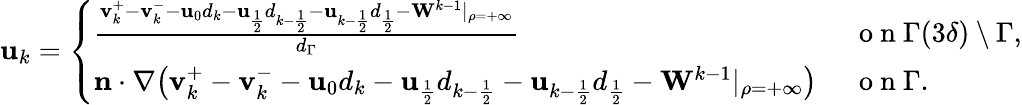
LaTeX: \begin{array}{r}{\mathbf{u}_{k}=\left\{ \begin{array}{ll}{\frac{\mathbf{v}_{k}^{+}-\mathbf{v}_{k}^{-}-\mathbf{u}_{0}d_{k}-\mathbf{u}_{\frac{1}{2}}d_{k-\frac{1}{2}}-\mathbf{u}_{k-\frac{1}{2}}d_{\frac{1}{2}}-\mathbf{W}^{k-1}|_{\rho=+\infty}}{d_{\Gamma}}}&{\ \mathrm{~o~n~}\Gamma(3\delta)\setminus\Gamma,}\\ {\mathbf{n}\cdot\nabla\big(\mathbf{v}_{k}^{+}-\mathbf{v}_{k}^{-}-\mathbf{u}_{0}d_{k}-\mathbf{u}_{\frac{1}{2}}d_{k-\frac{1}{2}}-\mathbf{u}_{k-\frac{1}{2}}d_{\frac{1}{2}}-\mathbf{W}^{k-1}|_{\rho=+\infty}\big)}&{\ \mathrm{~o~n~}\Gamma.}\end{array}\right.}\end{array}